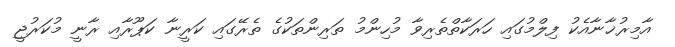
އާމިރުޚާނާއެކު ފިލްމުގައި ހަރަކާތްތެރިވާ މުހިންމު ތަރިންތަކުގެ ތެރޭގައި ކަރީނާ ކަޕޫރާއި ރާނީ މުކަރުޖީ